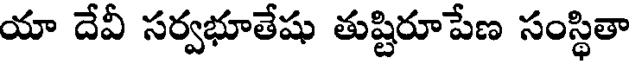
యా దేవీ సర్వభూతేషు తుష్టిరూపేణ సంస్థితా